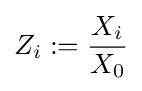
Z_{i}:={\frac {X_{i}}{X_{0}}}